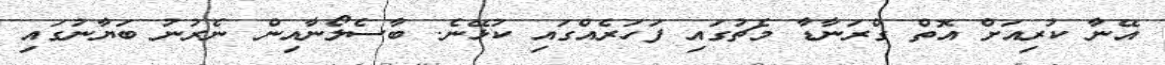
އޭނާ ކުރިއަށް އޮތް ގްރަނާޑާ މެޗުގައި ފަހަރެއްގައި ކުޅޭނެ. ބާސެލޯނާއިން ނެރުނު ބަޔާނުގައި